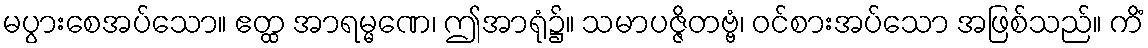
မပွားစေအပ်သော။ ဧတ္ထ အာရမ္မဏေ၊ ဤအာရုံ၌။ သမာပဇ္ဇိတဗ္ဗံ၊ ဝင်စားအပ်သော အဖြစ်သည်။ ကိံ